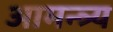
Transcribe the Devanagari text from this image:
आमन्त्र्य